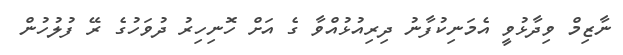
ނާޒިމް ވިދާޅުވީ އެމަނިކުފާނު ދިރިއުޅުއްވާ ގެ އަށް ހޮނިހިރު ދުވަހުގެ ރޭ ފުލުހުން